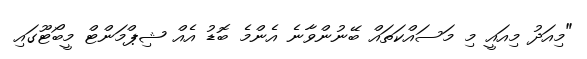
"މިއަދު މިއައީ މި މަސައްކަތައް ބޭނުންވާނެ އެންމެ ބޮޑު އެއް ޝިޕްމަންޓް މީބޯޓޫގައި